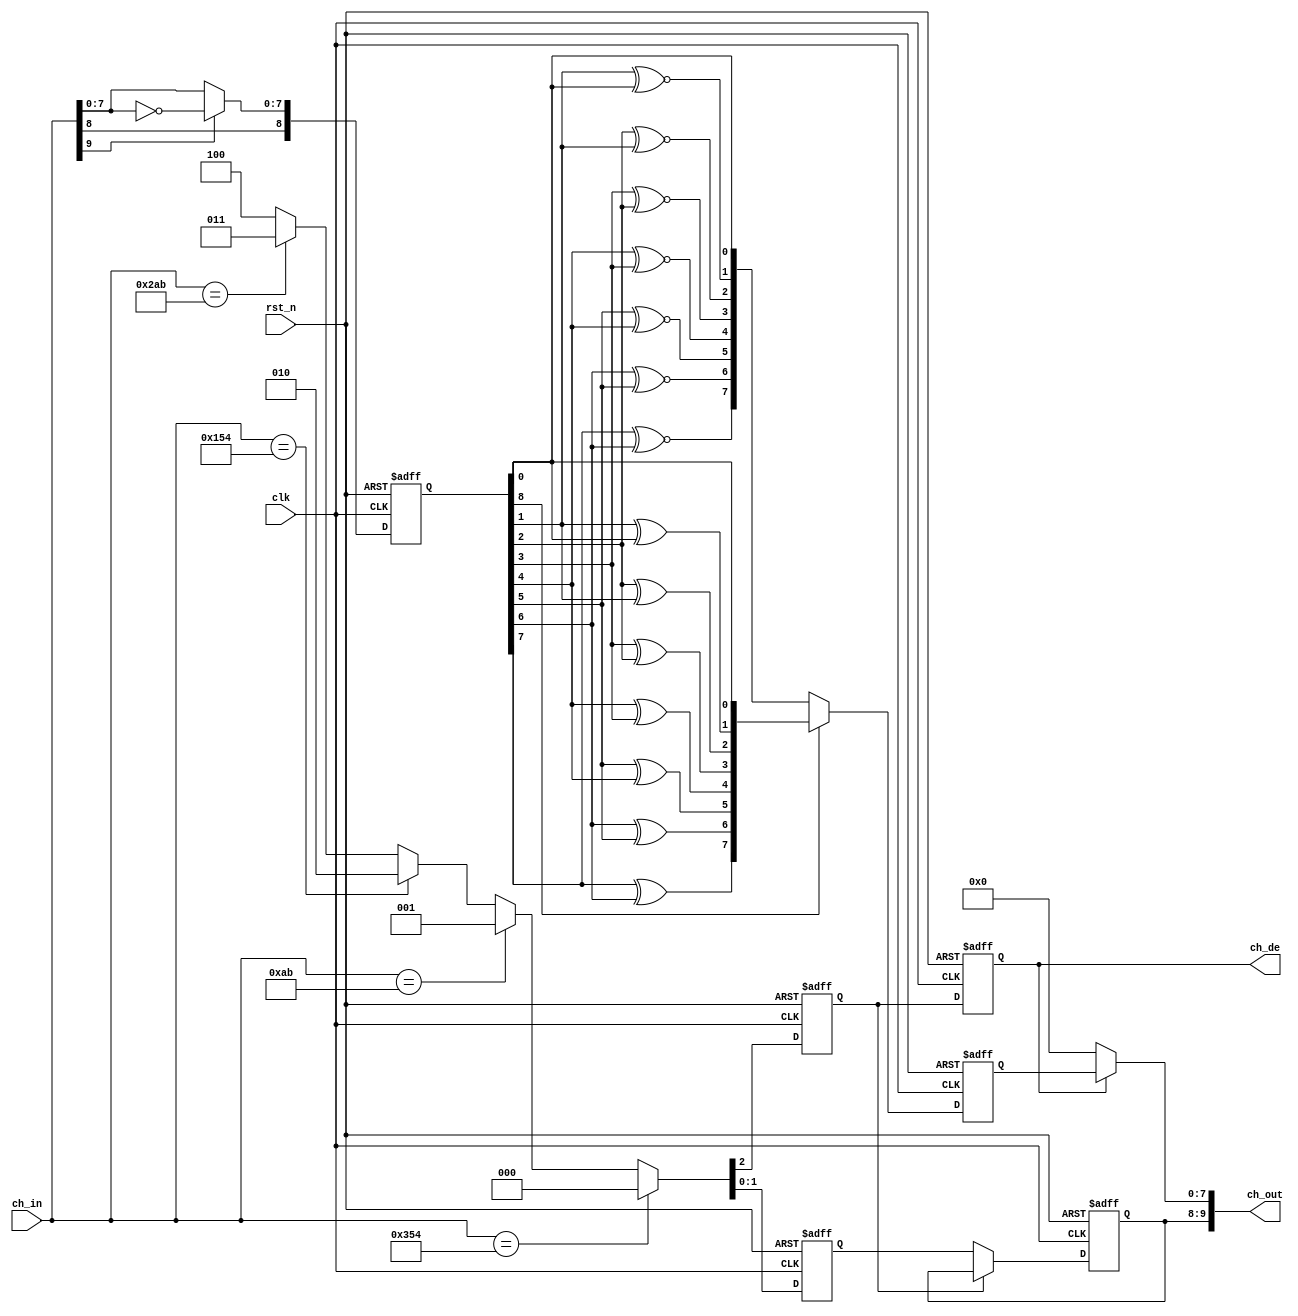
//------------------------------------------------------------------------------
//
//  dvi_data_dec.v : data decode module
//
//  LICENSE : "as-is"
//  TakeshiNagashima(T.NG) candylogic@gmail.com
//------------------------------------------------------------------------------
//  2009/mar/09 release 1.0a dvi(tmds) display test
//
//------------------------------------------------------------------------------
//
//  refer to
//
//  DDWG Digital Display working Group
//  Digital Visual Interface Revision 1.0 02/April/1999
//  http://www.ddwg.org
//  See FAQS and Adopter's Agreement.
//
//  This code implemented it according to DDWG DVI Revision 1.0. 
//  As for the TMDS encoding and decoding algorithm, DDWG owns a right.
//
//------------------------------------------------------------------------------

module dvi_data_dec(
	input	[9:0]	ch_in,					// in    [DEC] [9:0]
	output	[9:0]	ch_out,					// out   [DEC] [9:0]
	output			ch_de,					// out   [DEC] 

	input			rst_n,					// in    [DEC] 
	input			clk						// in    [DEC] 
);

//--------------------------------------------------------------
//	signal

	reg		st0_de_r;
	reg		[1:0] st0_cx_r;
	reg		[9:0] st0_qm_r;
	wire	st0_de_w;
	wire	[1:0] st0_cx_w;
	wire	[9:0] st0_qm_w;

	reg		st1_de_r;
	reg		[1:0] st1_cx_r;
	reg		[8:0] st1_qm_r;

	wire	st1_de_w;
	wire	[1:0] st1_cx_w;
	wire	[7:0] st1_qm_w;

//--------------------------------------------------------------
//	design

	assign ch_out[9:0]=(st1_de_r==1'b1) ? {st1_cx_r[1:0],st1_qm_r[7:0]} : {st1_cx_r[1:0],8'h00};
	assign ch_de=st1_de_r;

	always @(posedge clk or negedge rst_n)
	begin
		if (rst_n==1'b0)
			begin
				st0_de_r <= 1'b0;
				st0_cx_r <= 2'b0;
				st0_qm_r <= 10'b0;
				st1_de_r <= 1'b0;
				st1_cx_r <= 2'b0;
				st1_qm_r <= 8'b0;
			end
		else
			begin
				st0_de_r <= st0_de_w;
				st0_cx_r <= st0_cx_w;
				st0_qm_r <= st0_qm_w;
				st1_de_r <= st1_de_w;
				st1_cx_r <= st1_cx_w;
				st1_qm_r <= st1_qm_w;
			end
	end

	// -- stage 0 --

	assign {st0_de_w,st0_cx_w[1:0]}=
			(ch_in[9:0]==10'b1101010100) ? 3'b000 :
			(ch_in[9:0]==10'b0010101011) ? 3'b001 :
			(ch_in[9:0]==10'b0101010100) ? 3'b010 :
			(ch_in[9:0]==10'b1010101011) ? 3'b011 :
			{1'b1,1'b0,1'b0};

	assign st0_qm_w[9:0]=(ch_in[9]==1'b1) ? {ch_in[9:8],~ch_in[7:0]} : {ch_in[9:8],ch_in[7:0]};

	// -- stage 1 --

	wire	[9:0] st1_qm_xor;
	wire	[9:0] st1_qm_xnor;

	assign st1_qm_xor[0]=st0_qm_r[0];
	assign st1_qm_xor[1]=st0_qm_r[1] ^ st0_qm_r[0];
	assign st1_qm_xor[2]=st0_qm_r[2] ^ st0_qm_r[1];
	assign st1_qm_xor[3]=st0_qm_r[3] ^ st0_qm_r[2];
	assign st1_qm_xor[4]=st0_qm_r[4] ^ st0_qm_r[3];
	assign st1_qm_xor[5]=st0_qm_r[5] ^ st0_qm_r[4];
	assign st1_qm_xor[6]=st0_qm_r[6] ^ st0_qm_r[5];
	assign st1_qm_xor[7]=st0_qm_r[7] ^ st0_qm_r[6];
	assign st1_qm_xor[8]=1'b0;
	assign st1_qm_xor[9]=1'b0;

	assign st1_qm_xnor[0]=st0_qm_r[0];
	assign st1_qm_xnor[1]=st0_qm_r[1] ~^ st0_qm_r[0];
	assign st1_qm_xnor[2]=st0_qm_r[2] ~^ st0_qm_r[1];
	assign st1_qm_xnor[3]=st0_qm_r[3] ~^ st0_qm_r[2];
	assign st1_qm_xnor[4]=st0_qm_r[4] ~^ st0_qm_r[3];
	assign st1_qm_xnor[5]=st0_qm_r[5] ~^ st0_qm_r[4];
	assign st1_qm_xnor[6]=st0_qm_r[6] ~^ st0_qm_r[5];
	assign st1_qm_xnor[7]=st0_qm_r[7] ~^ st0_qm_r[6];
	assign st1_qm_xnor[8]=1'b0;
	assign st1_qm_xnor[9]=1'b0;

	assign st1_qm_w[7:0]=(st0_qm_r[8]==1'h1) ? st1_qm_xor[7:0] : st1_qm_xnor[7:0];
	assign st1_de_w=st0_de_r;
	assign st1_cx_w[1:0]=(st0_de_r==1'b0) ? st0_cx_r[1:0] : st1_cx_r[1:0];

endmodule